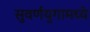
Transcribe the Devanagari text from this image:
सुवर्णयुगामध्ये